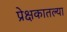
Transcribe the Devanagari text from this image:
प्रेक्षकातल्या